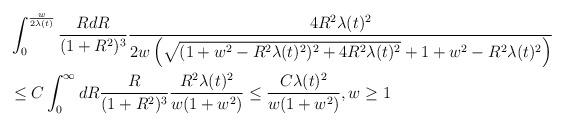
LaTeX: \begin{align*} &\int_{0}^{\frac{w}{2\lambda(t)}} \frac{R dR}{(1+R^{2})^{3}} \frac{4 R^{2}\lambda(t)^{2}}{2w\left(\sqrt{(1+w^{2}-R^{2}\lambda(t)^{2})^{2}+4R^{2}\lambda(t)^{2}}+1+w^{2}-R^{2}\lambda(t)^{2}\right)} \\&\leq C \int_{0}^{\infty} dR \frac{R}{(1+R^{2})^{3}} \frac{R^{2} \lambda(t)^{2}}{w(1+w^{2})}\leq \frac{C \lambda(t)^{2}}{w (1+w^{2})}, w \geq 1\end{align*}